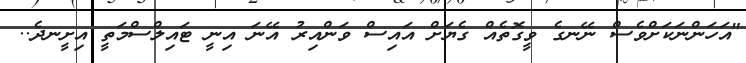
"އަހަންނަކަށްވެސް ނޭނގެ ވީގޮތެއް ގެޔަށް އައިސް ވަންއިރު އޭނަ އިނީ ޓައިލްސްމަތީ އިށީނދެ..